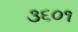
૩૬૦૧